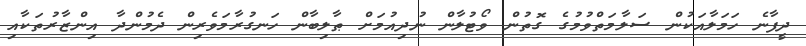
ދީފާނެ ހަމަލާއަކުން ސަލާމަތްވުމުގެ ގޮތުން ވޯޓުލާން ނުދިއުމަށް ޠާލިބާން ހަނގުރާމަވެރިން ދެމުންދާ އިންޒާރުތަކާއި